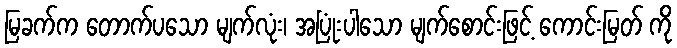
မြခက်က တောက်ပသော မျက်လုံး၊ အပြုံးပါသော မျက်စောင်းဖြင့် ကောင်းမြတ် ကို